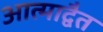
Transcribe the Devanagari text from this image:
आत्माद्वैत